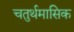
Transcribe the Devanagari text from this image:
चतुर्थमासिक